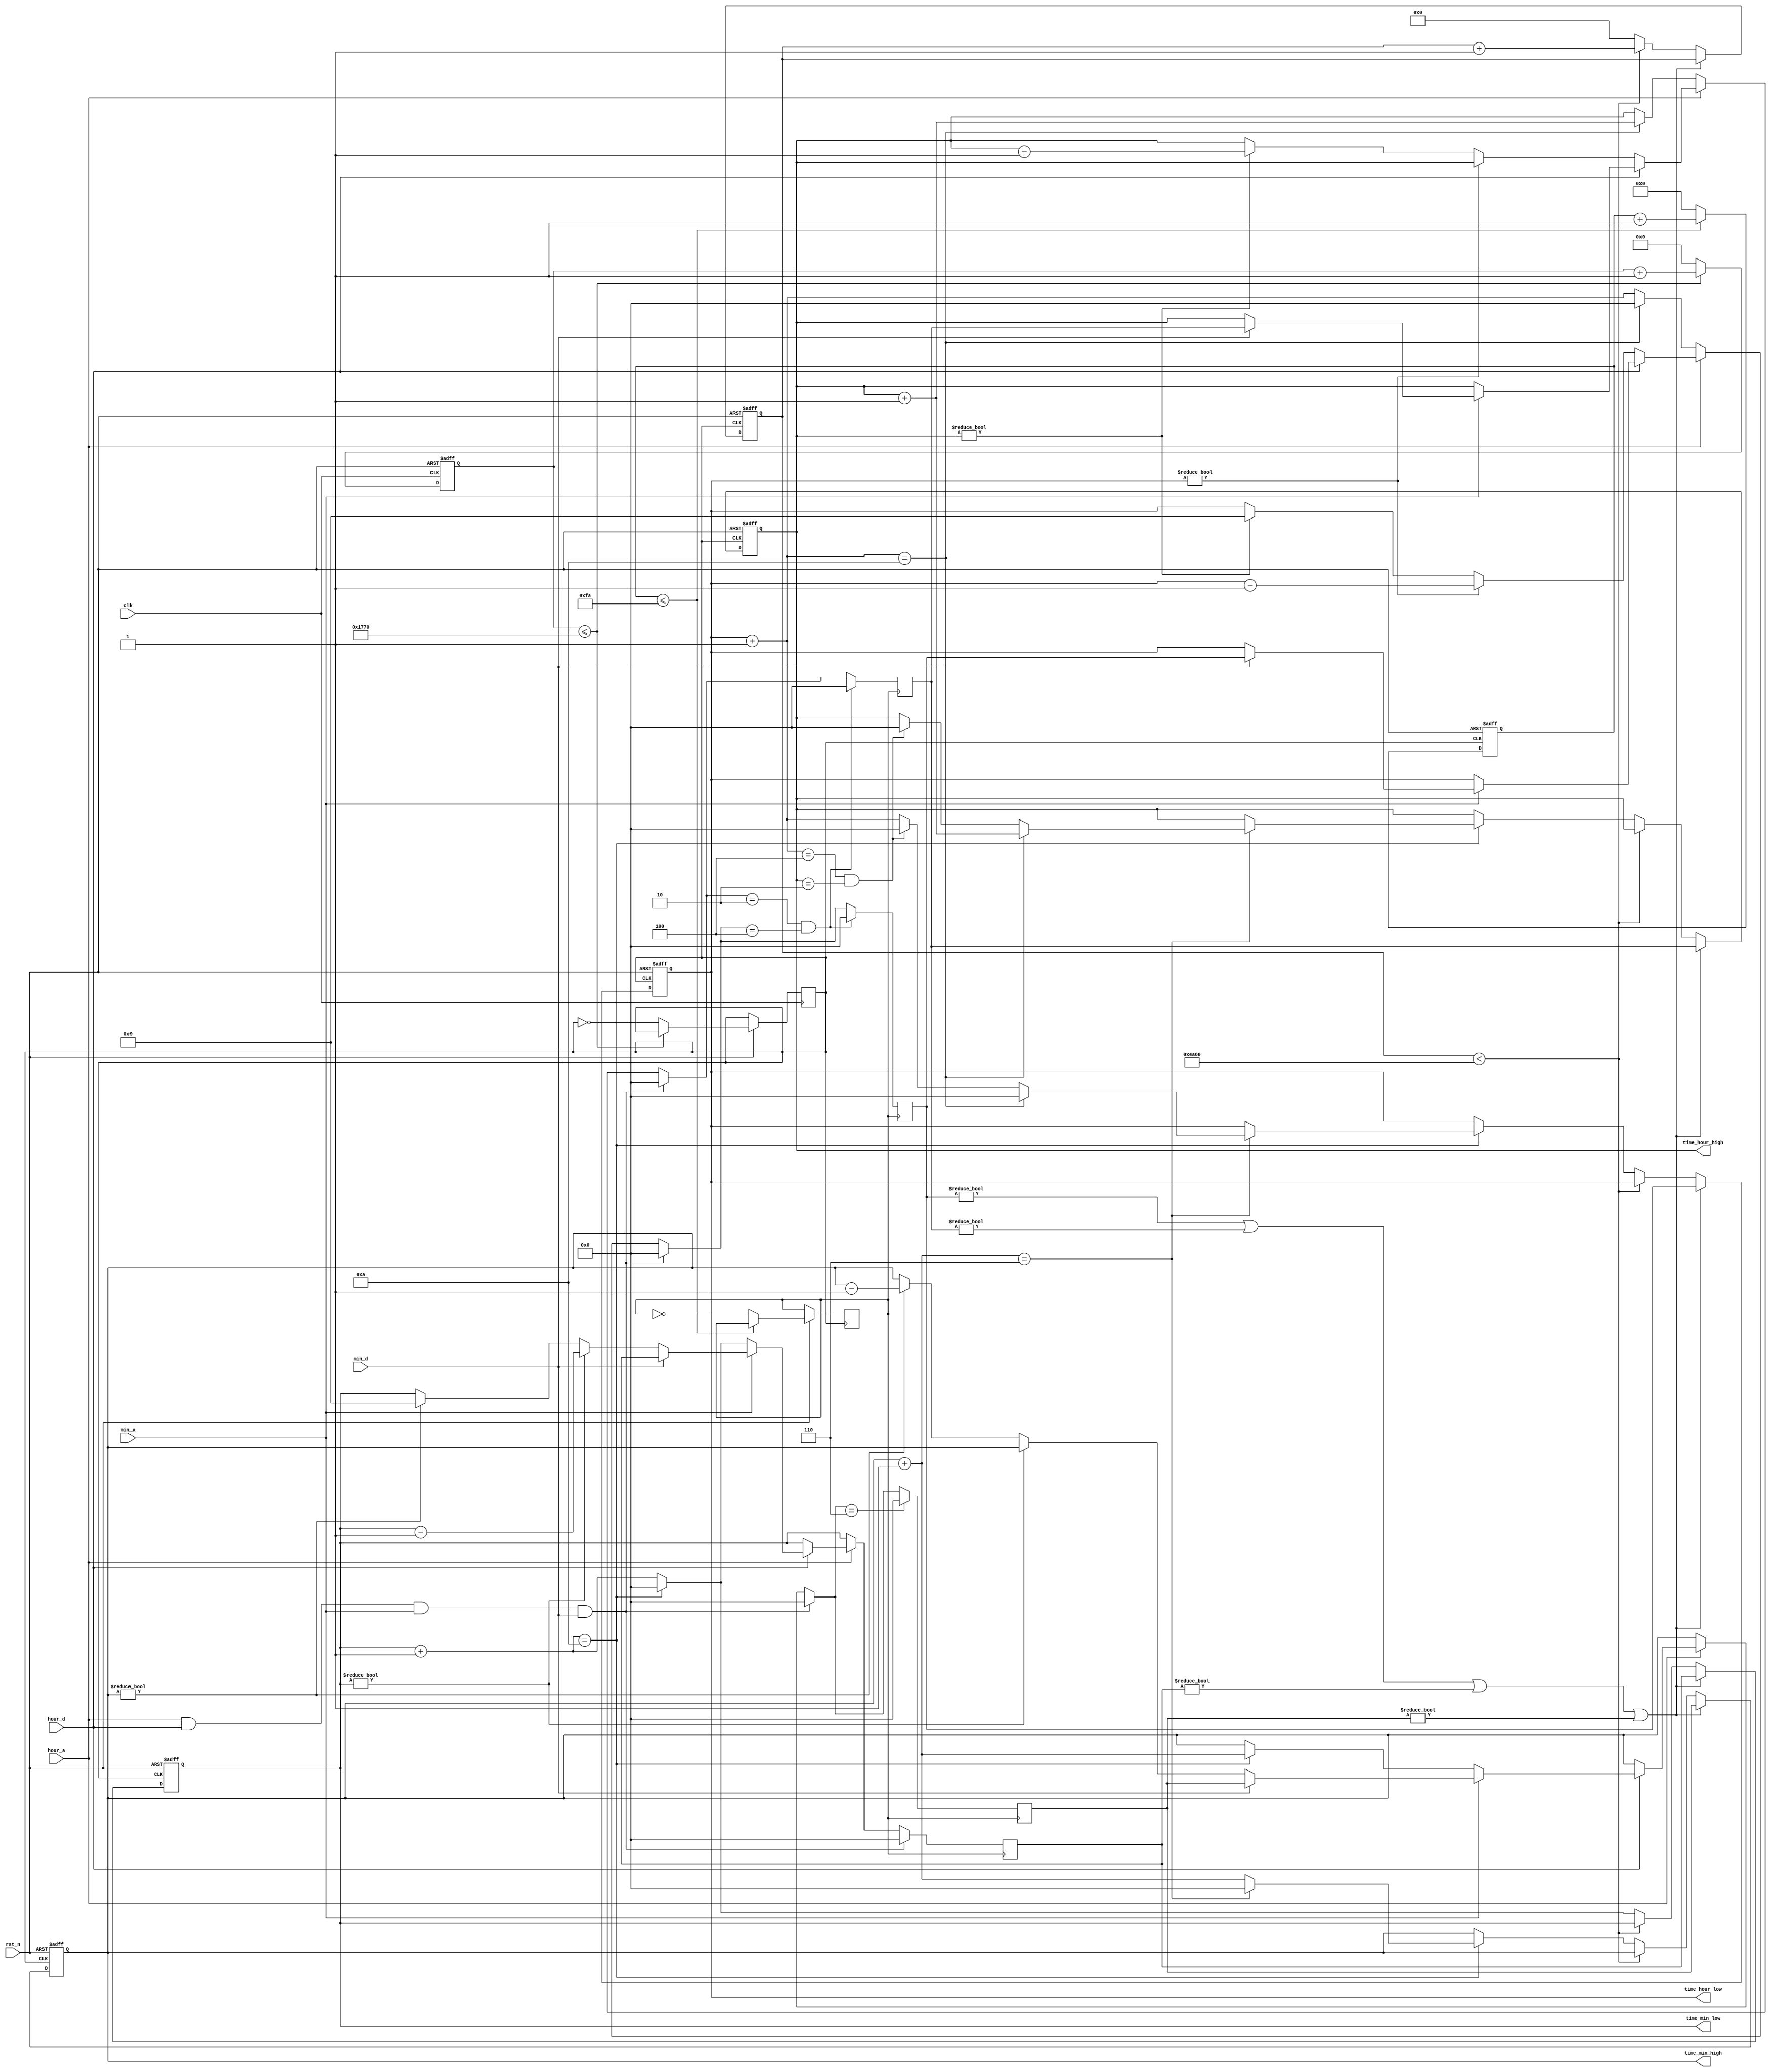
module clock(
	input				clk,		//12MHz
	input				rst_n,
    input               hour_a,
    input               hour_d,
    input               min_a,
    input               min_d,

    output reg [3:0] time_hour_high,
    output reg [3:0] time_hour_low,
    output reg [3:0] time_min_high,
    output reg [3:0] time_min_low
);

//T=1ms
reg clk_1ms;
reg [12:0] clk_1ms_cnt;
always @(posedge clk or negedge rst_n) begin
    if(!rst_n) begin
        clk_1ms_cnt <= 0;
    end else if (clk_1ms_cnt <= 6000) begin
        clk_1ms_cnt <= clk_1ms_cnt + 1;
    end else begin
        clk_1ms_cnt <= 0;
        clk_1ms <= ~clk_1ms;
    end
end
//T=500ms
reg clk_500ms;
reg [10:0] clk_500ms_cnt;
always @(posedge clk_1ms or negedge rst_n) begin
    if(!rst_n) begin
        clk_500ms_cnt <= 0;
    end else if (clk_500ms_cnt <= 250) begin
        clk_500ms_cnt <= clk_500ms_cnt + 1;
    end else begin
        clk_500ms_cnt <= 0;
        clk_500ms <= ~clk_500ms;
    end
end
//
reg [3:0] hour_set_low;
reg [3:0] hour_set_high;
reg [3:0] min_set_low;
reg [3:0] min_set_high;
always @(posedge clk_500ms) begin
	if((hour_a != 0) && (hour_d != 0) && (min_a != 0) && (min_d != 0)) begin
		hour_set_high = 0;
        hour_set_low = 0;
		min_set_high = 0;
        min_set_low = 0;
	end else if(hour_a == 0) begin
        hour_set_high = time_hour_high;
        hour_set_low = time_hour_low;
        min_set_high = time_min_high;
        min_set_low = time_min_low;
	    hour_set_low = hour_set_low + 1;
        if (hour_set_low == 10) begin
            hour_set_low = 0;
            hour_set_high = hour_set_high + 1;
        end
	end else if(hour_d == 0) begin
        hour_set_high = time_hour_high;
        hour_set_low = time_hour_low;
        min_set_high = time_min_high;
        min_set_low = time_min_low;
	    if (hour_set_low != 0)
            hour_set_low = hour_set_low - 1;
        else if (hour_set_high != 0) begin
            hour_set_high = hour_set_high - 1;
            hour_set_low = 9;
        end
	end else if(min_a == 0) begin
        hour_set_high = time_hour_high;
        hour_set_low = time_hour_low;
        min_set_high = time_min_high;
        min_set_low = time_min_low;
	    min_set_low = min_set_low + 1;
        if (min_set_low == 10) begin
            min_set_low = 0;
            min_set_high = min_set_high + 1;
        end
	end else if(min_d == 0) begin
        hour_set_high = time_hour_high;
        hour_set_low = time_hour_low;
        min_set_high = time_min_high;
        min_set_low = time_min_low;
        if (min_set_low != 0)
	        min_set_low = min_set_low - 1;
        else if (min_set_high != 0) begin
            min_set_high = min_set_high -1;
            min_set_low = 9;
        end
	end
	if((hour_set_high == 2) && (hour_set_low == 4)) begin
        hour_set_high = 0;
        hour_set_low = 0;
    end
	if(min_set_high == 6)
	    min_set_high = 0;
end

//
reg [15:0] ms;
always @(posedge clk_1ms or negedge rst_n) begin
    if(!rst_n) begin
        ms = 0;
        time_min_low = 0;
        time_min_high = 0;
        time_hour_low = 0;
        time_hour_high = 0;
    end else if ((hour_set_low != 0) || (hour_set_high != 0) || (min_set_low != 0) || (min_set_high != 0)) begin
        time_hour_high = hour_set_high;
        time_hour_low = hour_set_low;
        time_min_high = min_set_high;
        time_min_low = min_set_low;
    end else begin
        if (ms < 60000)
            ms = ms + 1;
        else begin 
            ms = 0;
            time_min_low = time_min_low + 1;
            if (time_min_low == 10) begin
                time_min_low = 0;
                time_min_high = time_min_high + 1;
                if (time_min_high == 6) begin
                    time_min_high = 0;
                    time_hour_low = time_hour_low + 1;
                    if (time_hour_low == 10) begin
                        time_hour_low = 0;
                        time_hour_high = time_hour_high + 1;
                    end
                    else if ((time_hour_low == 4) && (time_hour_high == 2)) begin
                        time_hour_low = 0;
                        time_hour_high = 0;
                    end
                end
            end
        end    
    end   
end

endmodule